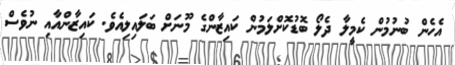
އެހެން ބުނުމުން ކެމީލާ ދެލޯ ބޮޑުކޮށްލަމުން ކައިޒާންގެ މޫނަށް ބަލައިލިއެވެ. ކައިޒާންއާއި ނުވެސް